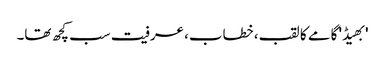
'بھیڈ' گامے کا لقب، خطاب، عرفیت سب کچھ تھا۔